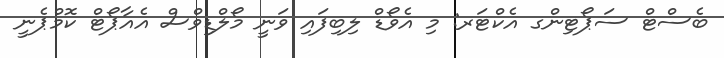
ބެސްޓް ސަޕޯޓިންގ އެކްޓަރ: މި އެވޯޑް ލިބިފައި ވަނީ މޯލްޑިވްސް އެއާޕޯޓް ކޮމްޕެނީ